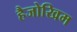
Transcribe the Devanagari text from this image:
हैजोखिम